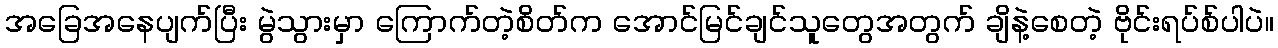
အခြေအနေပျက်ပြီး မွဲသွားမှာ ကြောက်တဲ့စိတ်က အောင်မြင်ချင်သူတွေအတွက် ချိနဲ့စေတဲ့ ဗိုင်းရပ်စ်ပါပဲ။